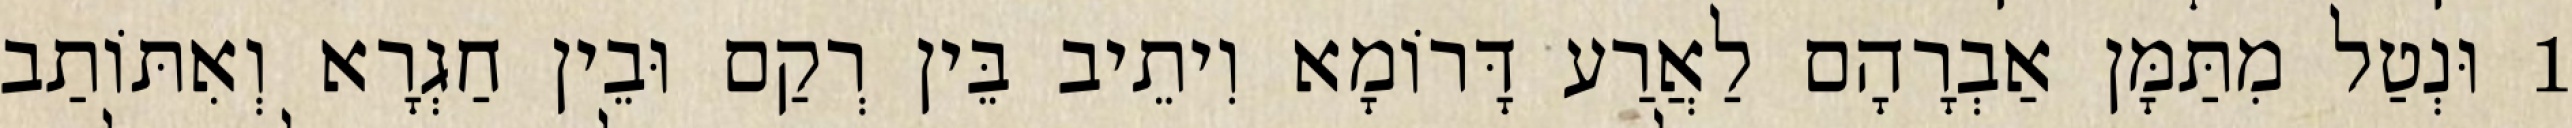
1 וּנְטַל מִתַּמָּן אַבְרָהָם לַאֲרַע דָּרוֹמָא וִיתֵיב בֵּין רְקַם וּבֵין חַגְרָא וְאִתּוֹתַב